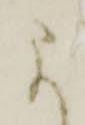
に